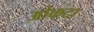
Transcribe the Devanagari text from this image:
ओकटा